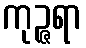
ကုဉ္ဇရာ